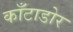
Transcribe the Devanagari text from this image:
काँटाडोर